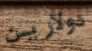
دولارين